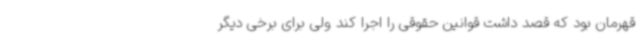
قهرمان بود که قصد داشت قوانین حقوقی را اجرا کند ولی برای برخی دیگر